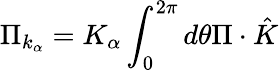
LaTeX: \Pi_{k_{\alpha}}=K_{\alpha}\int_{0}^{2\pi}d\theta\Pi\cdot\hat{K}